Lunatic asylums Bombay report 1891-1903 - 1891-1903
Year: 1891
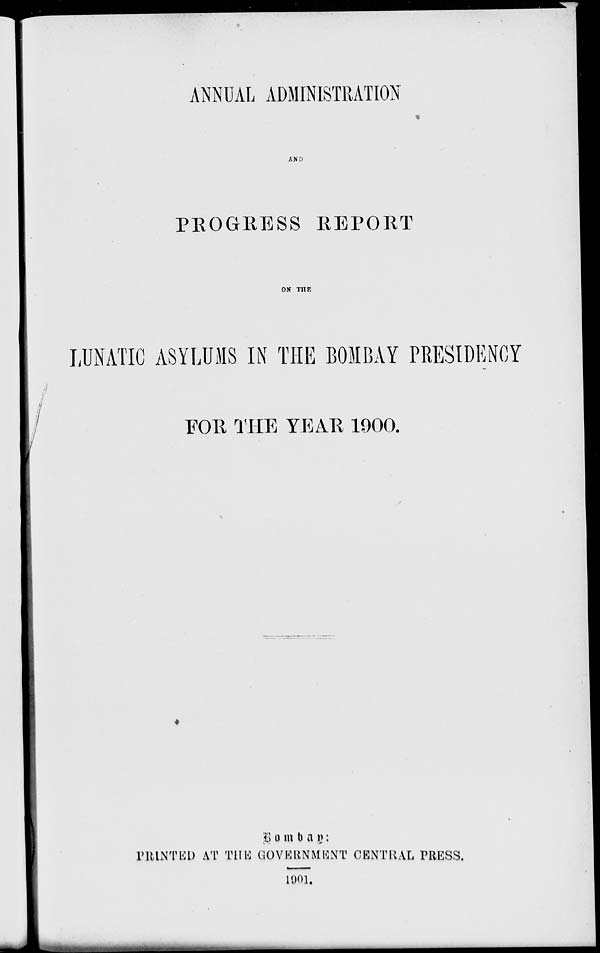
ANNUAL ADMINISTRATION
AND
PROGRESS REPORT
ON THE
LUNATIC ASYLUMS IN THE BOMBAY PRESIDENCY
FOR THE YEAR 1900.
Bombay :
PRINTED AT THE GOVERNMENT CENTRAL PRESS.
1901.